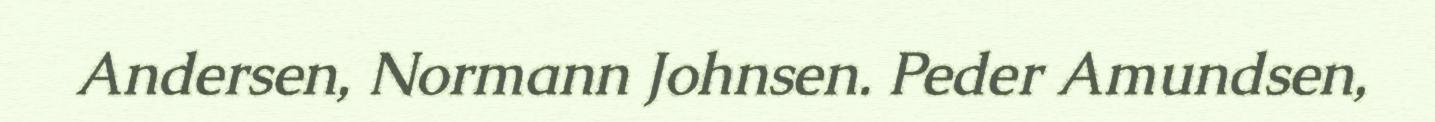
Andersen, Normann Johnsen. Peder Amundsen,